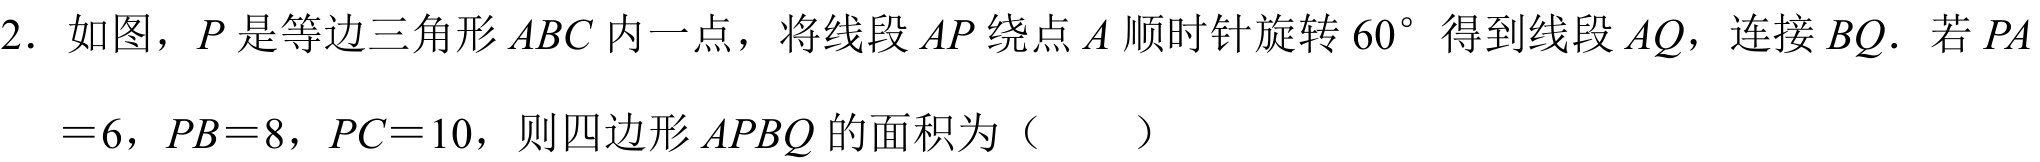
2. 如图，\(P\) 是等边三角形 \(ABC\) 内一点，将线段 \(AP\) 绕点 \(A\) 顺时针旋转 \(60^{\circ}\) 得到线段 \(AQ\)，连接 \(BQ\)．若 \(PA = 6\)，\(PB = 8\)，\(PC = 10\)，则四边形 \(APBQ\) 的面积为（  ）